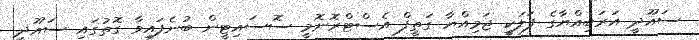
ސައޫދީ އަރަބިއްޔާގެ ފަލަކީ ޖަމިއްޔާ ގަތީފް އެސްޓްރޮނޮމީ ސޮސައިޓީން ބުނެފައިވާ ގޮތުގައި ސައޫދީ